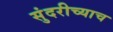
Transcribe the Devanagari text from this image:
सुंदरीच्याच